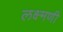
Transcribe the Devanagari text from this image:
लक्ष्मणी